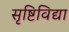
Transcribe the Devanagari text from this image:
सृष्टिविद्या